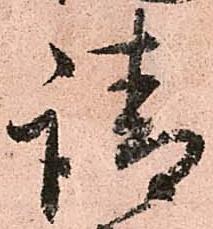
請